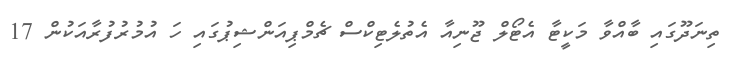
ތިނަދޫގައި ބާއްވާ މަކީޓާ އެޓޯލް ޖޫނިއާ އެތުލެޓިކްސް ޗެމްޕިއަންޝިޕުގައި ހަ އުމުރުފުރާއަކުން 17